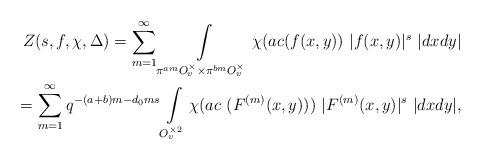
LaTeX: \begin{align*}Z(s,f,\chi,\Delta)=\sum\limits_{m=1}^{\infty}\int\limits_{\pi^{am}O_v^\times \times \pi^{bm}O_v^\times} \chi(ac(f(x,y))\ |f(x,y)|^s\ |dxdy|\\=\sum\limits_{m=1}^{\infty}q^{-(a+b)m-d_0ms}\int\limits_{O_v^{\times 2}}\chi(ac \ (F^{(m)}(x,y)))\ |F^{(m)}(x,y)|^s\ |dxdy|,\end{align*}